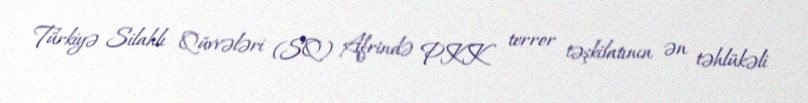
Türkiyə Silahlı Qüvvələri (SQ) Afrində PKK terror təşkilatının ən təhlükəli